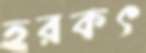
হরকৎ